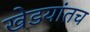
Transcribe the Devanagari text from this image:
खेडयांतच